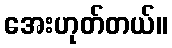
အေးဟုတ်တယ်။